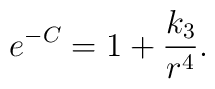
e^{-C} = 1 + \frac{k_3}{r^4} .